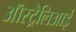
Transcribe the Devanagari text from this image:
ऑस्ट्रेलिआई